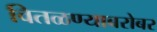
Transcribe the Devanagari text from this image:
वितळण्याबरोबर